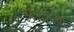
કરકરા